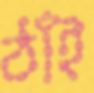
ঠাঁই